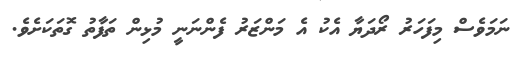
ނަމަވެސް މިފަހަރު ރޯދަޔާ އެކު އެ މަންޒަރު ފެންނަނީ މުޅިން ތަފާތު ގޮތަކަށެވެ.